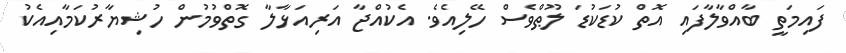
ފައިމަތީ ބާއްވާލާފައި އޮތް ކުޑަކުޑަ ލޫޠްވެސް ހޭލިއެވެ. އެކުއްޖާ އަރިއަޅާލާ ގޮތްވުމުން ހުޝިޔާރުކަމާއިއެކު